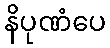
နိပုဏံပေ